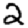
Digit: 2